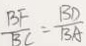
\frac { B F } { B C } = \frac { B D } { B A }